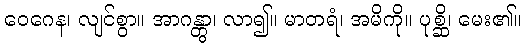
ဝေဂေန၊ လျင်စွာ။ အာဂန္တွာ၊ လာ၍။ မာတရံ၊ အမိကို။ ပုစ္ဆိ၊ မေး၏။